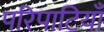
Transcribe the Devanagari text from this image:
परिपाटियाँ